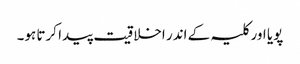
پویا اور کلیہ کے اندر اخلاقیت پیدا کرتا ہو۔